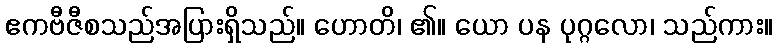
ဧကဗီဇီစသည်အပြားရှိသည်။ ဟောတိ၊ ၏။ ယော ပန ပုဂ္ဂလော၊ သည်ကား။